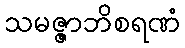
သမဇ္ဇာဘိစရဏံ